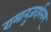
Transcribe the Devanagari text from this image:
रामानुजदर्शनम्